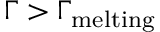
\Gamma > \Gamma _ { \mathrm { m e l t i n g } }